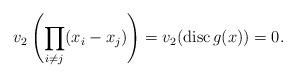
LaTeX: \begin{align*}v_2 \left( \prod_{i \neq j} (x_i-x_j) \right)=v_2(\operatorname{disc} g(x))=0.\end{align*}